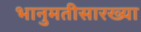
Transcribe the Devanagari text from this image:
भानुमतीसारख्या